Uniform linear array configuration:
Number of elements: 32
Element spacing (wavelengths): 0.5
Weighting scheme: binomial
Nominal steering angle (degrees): -45
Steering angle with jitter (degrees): -44.555
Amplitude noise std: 0.05
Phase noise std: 0.05

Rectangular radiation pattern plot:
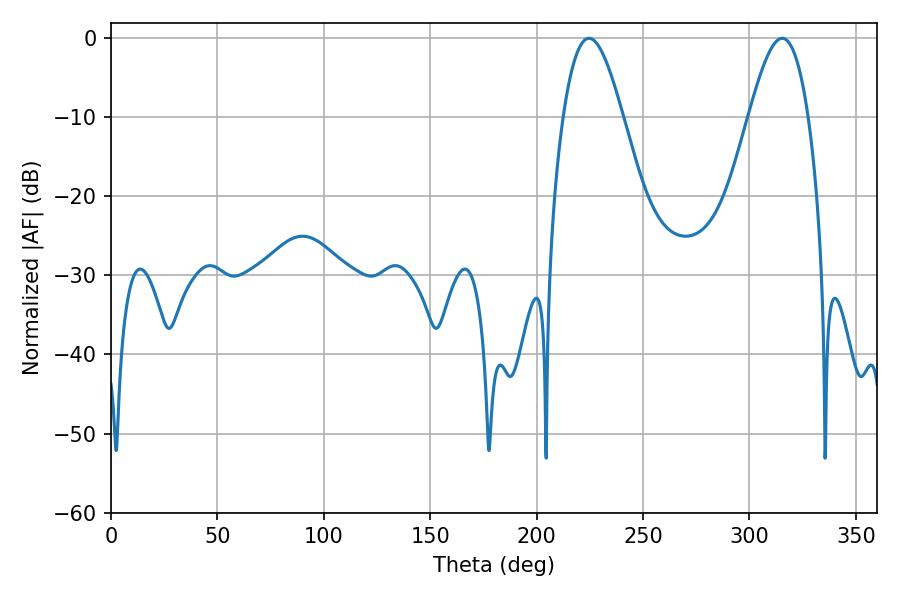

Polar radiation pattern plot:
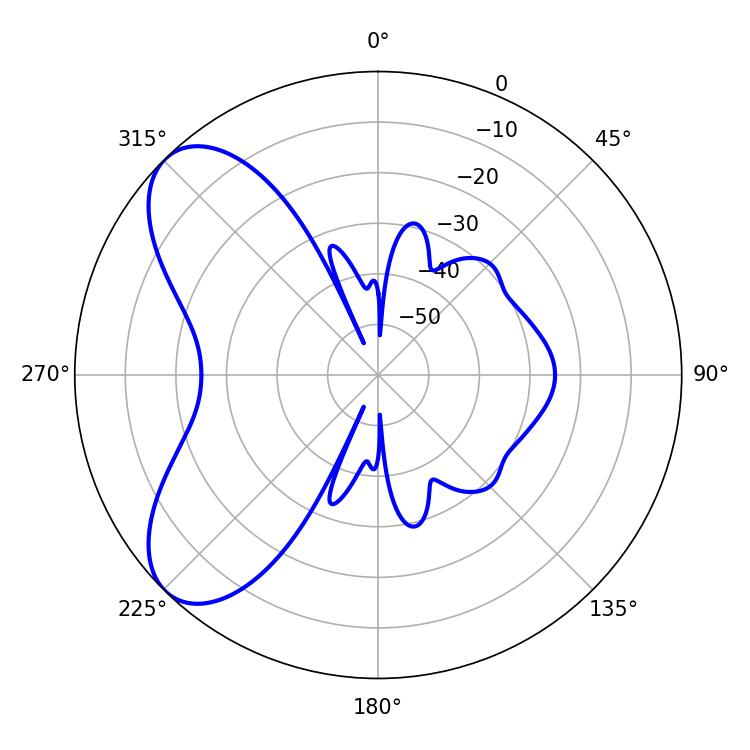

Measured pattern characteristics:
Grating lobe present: FALSE
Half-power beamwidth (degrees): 15.12
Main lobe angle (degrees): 315.36